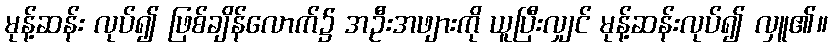
မုန့်ဆန်း လုပ်၍ ဖြစ်ချိန်လောက်၌ အဦးအဖျားကို ယူပြီးလျှင် မုန့်ဆန်းလုပ်၍ လှူ၏။